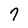
Character: 7